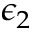
\epsilon _ { 2 }